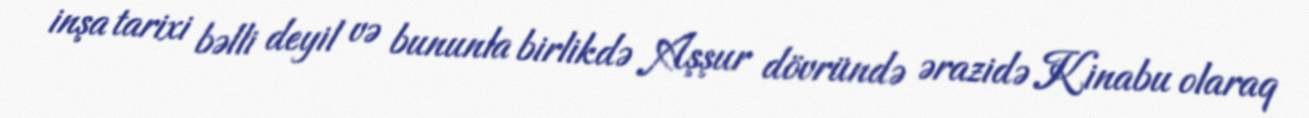
inşa tarixi bəlli deyil və bununla birlikdə Aşşur dövründə ərazidə Kinabu olaraq